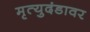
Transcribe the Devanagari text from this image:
मृत्युदंडावर